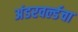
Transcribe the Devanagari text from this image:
अंडरवर्ल्डचा